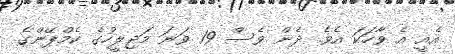
އެއީ އެ ވާހަކަ އެވެ. ދެން ވެސް 19 ވަނަ މަޖިލީހުގެ ކެމްޕޭންގެ